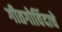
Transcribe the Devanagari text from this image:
गीतगोविंदाचे